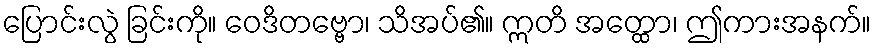
ပြောင်းလွဲ ခြင်းကို။ ဝေဒိတဗ္ဗော၊ သိအပ်၏။ ဣတိ အတ္ထော၊ ဤကားအနက်။